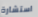
استشارة